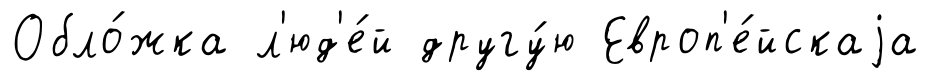
Обло́жка л'юд'е́й другу́ю Европ'е́йскаjа